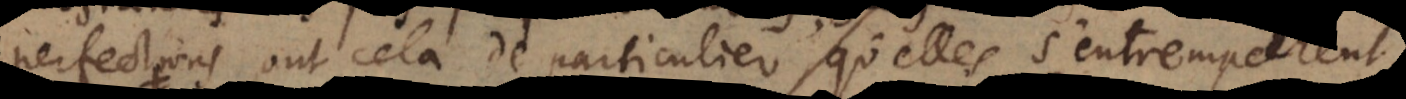
perfections ont cela de particulier qu’elles s’entrempechen